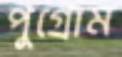
পুগ্রোম